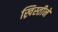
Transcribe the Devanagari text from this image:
ख्रिस्तीने